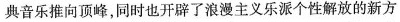
典音乐推向顶峰，同时也开辟了浪漫主义乐派个性解放的新方